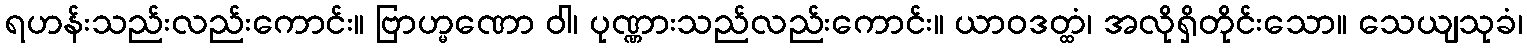
ရဟန်းသည်းလည်းကောင်း။ ဗြာဟ္မဏော ဝါ၊ ပုဏ္ဏားသည်လည်းကောင်း။ ယာဝဒတ္ထံ၊ အလိုရှိတိုင်းသော။ သေယျသုခံ၊